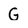
Character: G